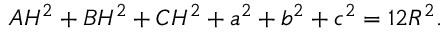
A H ^ { 2 } + B H ^ { 2 } + C H ^ { 2 } + a ^ { 2 } + b ^ { 2 } + c ^ { 2 } = 1 2 R ^ { 2 } .